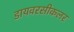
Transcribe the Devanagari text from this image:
डायवरसीकलर